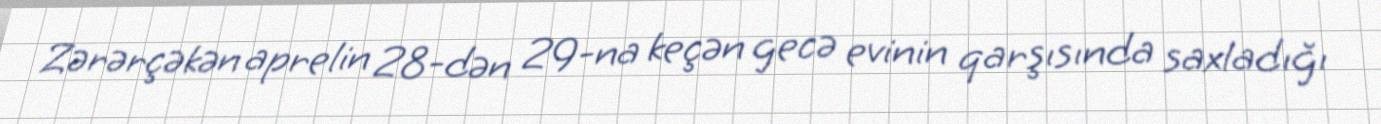
Zərərçəkən aprelin 28-dən 29-na keçən gecə evinin qarşısında saxladığı